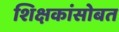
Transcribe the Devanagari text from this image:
शिक्षकांसोबत